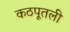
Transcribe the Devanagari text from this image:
कठपूतली